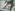
Text: 22